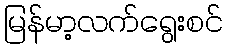
မြန်မာ့လက်ရွေးစင်